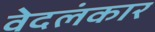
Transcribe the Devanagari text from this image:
वेदलंकार